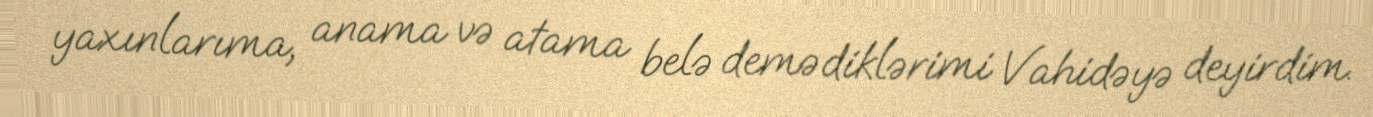
yaxınlarıma, anama və atama belə demədiklərimi Vahidəyə deyirdim.